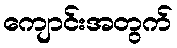
ကျောင်းအတွက်